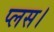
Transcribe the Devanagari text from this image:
प्लस।